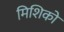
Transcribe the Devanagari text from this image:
मिशिको